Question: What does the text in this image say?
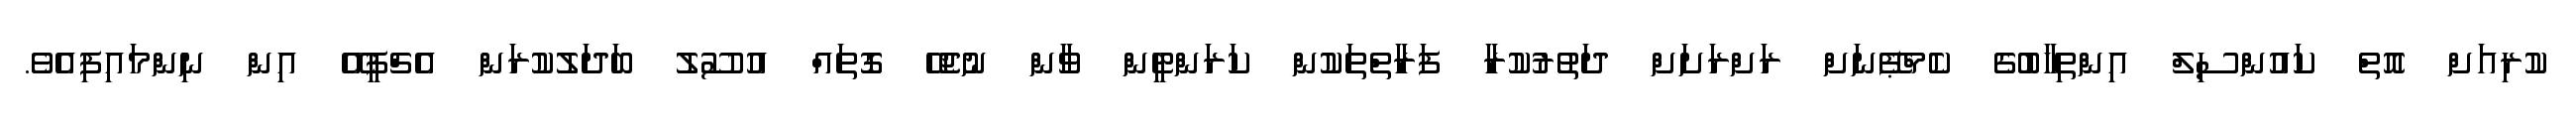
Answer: ކުރިއަށް އޮތް ކައުންސިލް އިންތިޚާބުގެ ކެމްޕޭނަށް ރަށްރަށަށް ދަތުރުކުރާ ފަރާތްތަކުން ކަރަންޓީން ވާން ނުޖެހޭ ގޮތައް އުސޫލު ބަދަލުކުރަން އެޗްޕީއޭ އިން ނިންމައިފިއެވެ.